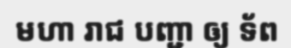
មហា រាជ បញ្ជា ឲ្យ ទ័ព